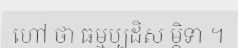
ហៅ ថា ធម្មប្បដិស ម្ភិទា ។